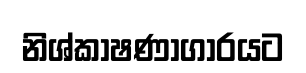
නිශ්කාෂණාගාරයට